Scottish Leaving Certificate Examination, 1956
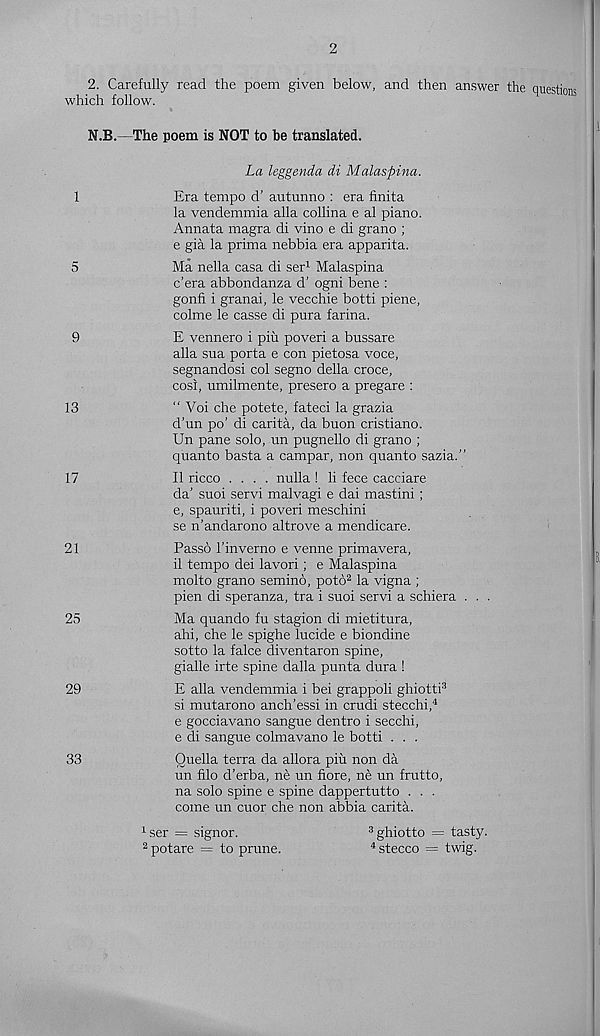
2
2. Carefully read the poem given below, and then answer the questions
which follow.
N.B.—The poem is NOT to be translated.
La leggenda di Malaspina.
1
Era tempo d’ autunno : era finita
la vendemmia alia collina e al piano.
Annata magra di vino e di grano ;
e gia la prima nebbia era apparita.
5
Ma nella casa di ser 1 Malaspina
c’era abbondanza d’ ogni bene :
gonfi i granai, le vecchie botti piene,
colme le casse di pura farina.
9
E vennero i pin poveri a bussare
alia sua porta e con pietosa voce,
segnandosi col segno della croce,
cosl, umilmente, presero a pregare :
13
“ Voi che potete, fated la grazia
d’un po’ di carita, da buon cristiano.
Un pane solo, un pugnello di grano ;
quanto basta a campar, non quanto sazia.”
17
II ricco .... nulla ! li fece cacciare
da’ suoi servi malvagi e dai mastini ;
e, spauriti, i poveri meschini
se n’andarono altrove a mendicare.
21
Passo I’inverno e venne primavera,
il tempo dei lavori; e Malaspina
molto grano semino, poto 2 la vigna ;
pien di speranza, tra i suoi servi a schiera . . .
25
Ma quando fu stagion di mietitura,
ahi, che le spighe lucide e biondine
sotto la falce diventaron spine,
gialle irte spine dalla punta dura !
29
E alia vendemmia i bei grappoli ghiotti 3
si mutarono anch’essi in crudi stecchi, 4
e gocciavano sangue dentro i secchi,
e di sangue colmavano le botti . . .
33
Quella terra da allora piu non da
un filo d’erba, ne un fiore, ne un frutto,
na solo spine e spine dappertutto . . .
come un cuor che non abbia carita.
1 ser = signor.
3 ghiotto = tasty.
2 potare = to prune.
4 stecco = twig.